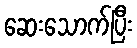
ဆေးသောက်ပြီး